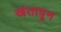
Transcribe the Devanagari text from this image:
खंतावून